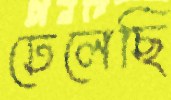
ঢেলেছি